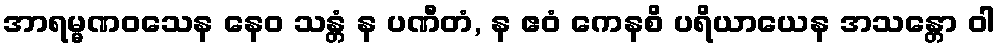
အာရမ္မဏဝသေန နေဝ သန္တံ န ပဏီတံ, န ဧဝံ ကေနစိ ပရိယာယေန အသန္တော ဝါ